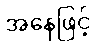
အနေဖြင့်